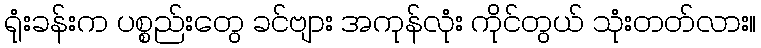
ရုံးခန်းက ပစ္စည်းတွေ ခင်ဗျား အကုန်လုံး ကိုင်တွယ် သုံးတတ်လား။